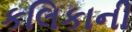
કલિકાની